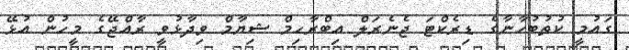
ގައުމީ ކުތުބުހާނާގެ ޑިރެކްޓަ ޖެނެރަލް އިބްރާހިމް ޝިޔާމް ވިދާޅުވީ ރާއްޖޭގެ މީހުން އުޅޭ